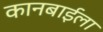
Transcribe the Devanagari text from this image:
कानबाईला